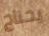
يحتاج